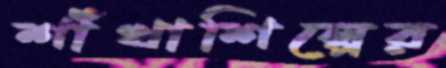
শাঁখাশিল্পের